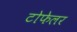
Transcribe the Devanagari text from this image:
टोफेलर